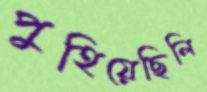
পুহিয়েছিলি